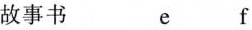
故事书 e f